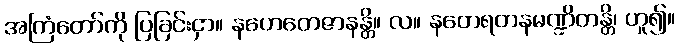
အကြံတော်ကို ပြခြင်းငှာ။ နဟေတေဇာနန္တိ။ လ။ နတေရတနမဏ္ဍိတန္တိ၊ ဟူ၍။